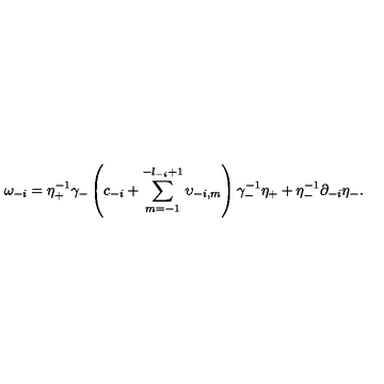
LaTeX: \omega _ { - i } = \eta _ { + } ^ { - 1 } \gamma _ { - } \left( c _ { - i } + \sum _ { m = - 1 } ^ { - l _ { - i } + 1 } \upsilon _ { - i , m } \right) \gamma _ { - } ^ { - 1 } \eta _ { + } + \eta _ { - } ^ { - 1 } \partial _ { - i } \eta _ { - } .